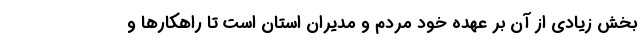
بخش زیادی از آن بر عهده خود مردم و مدیران استان است تا راهکارها و